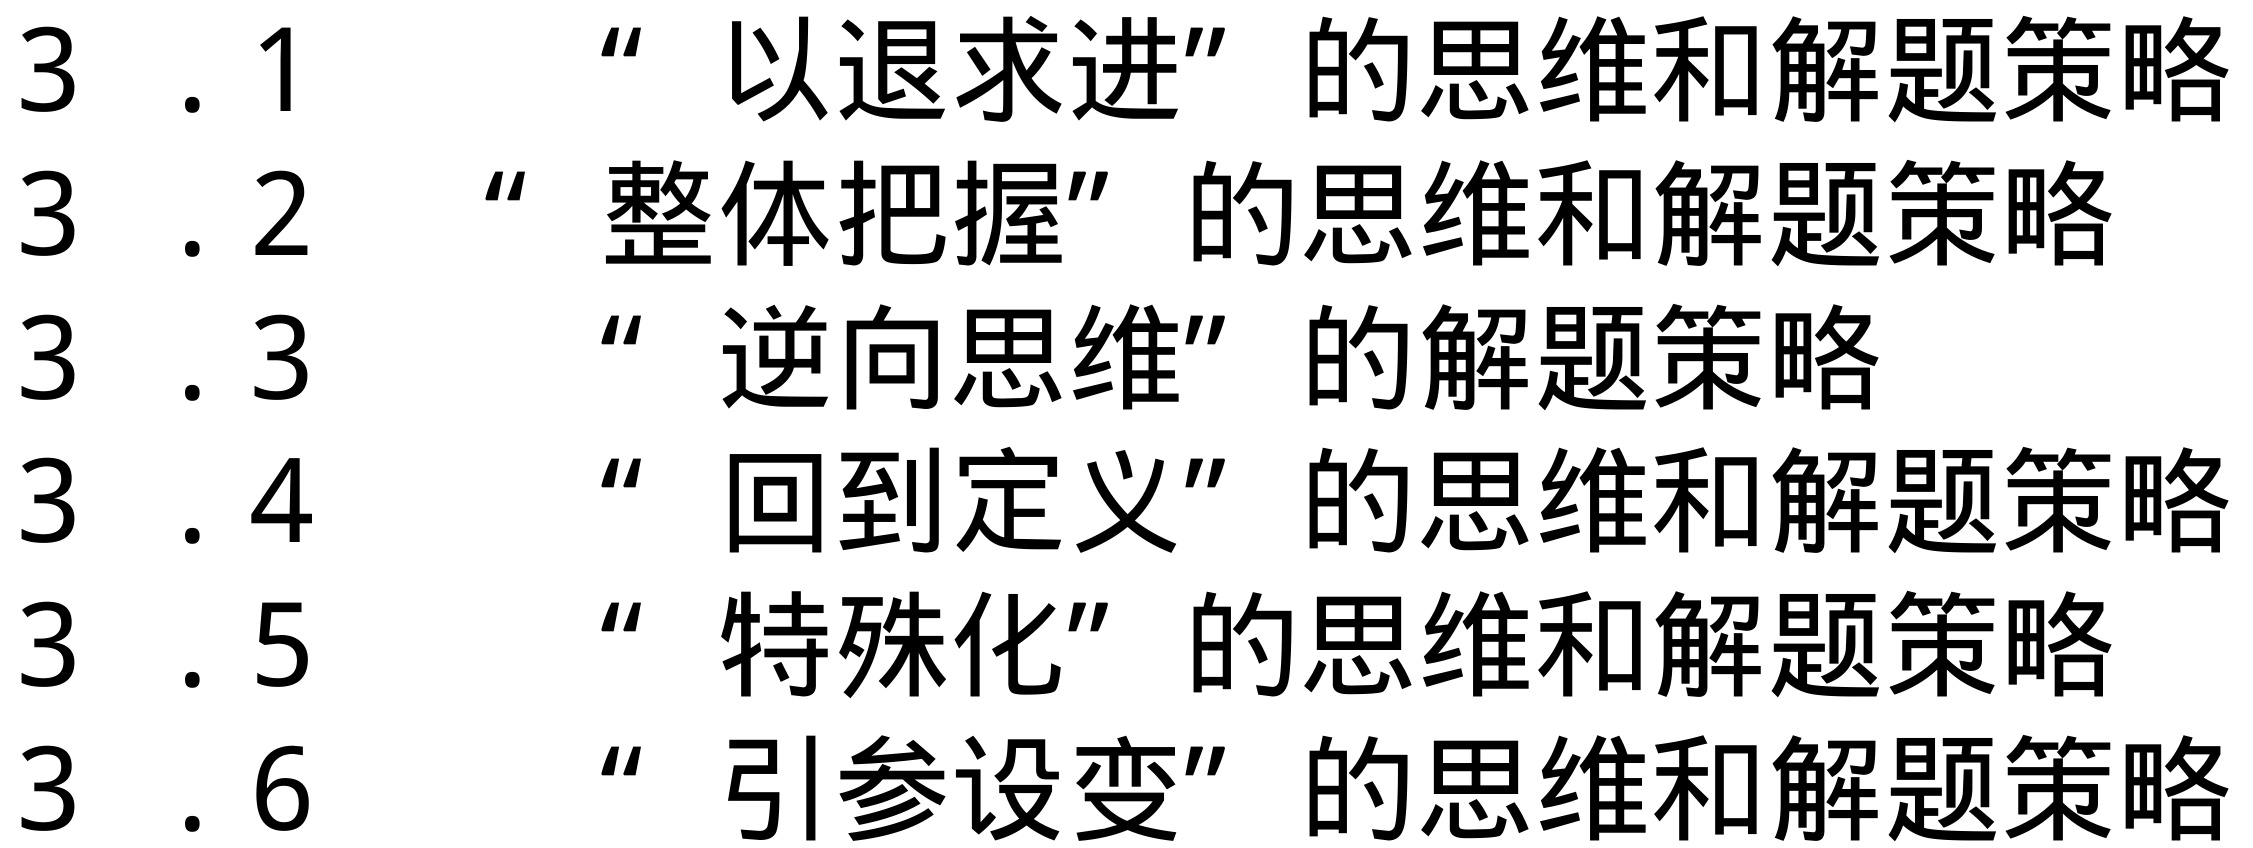
3.1 “以退求进”的思维和解题策略
3.2 “整体把握”的思维和解题策略
3.3 “逆向思维”的解题策略
3.4 “回到定义”的思维和解题策略
3.5 “特殊化”的思维和解题策略
3.6 “引参设变”的思维和解题策略